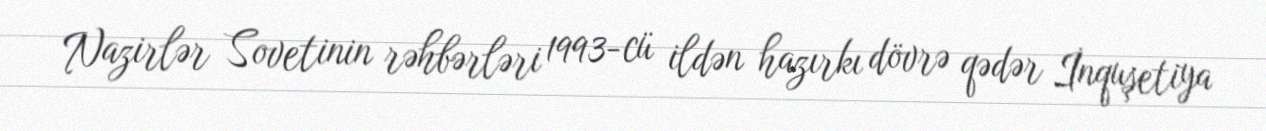
Nazirlər Sovetinin rəhbərləri 1993-cü ildən hazırkı dövrə qədər İnquşetiya